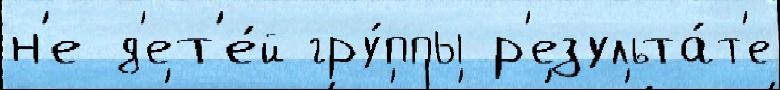
н'е д'ет'е́й гру́ппы р'езульта́т'е